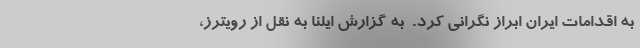
به اقدامات ایران ابراز نگرانی کرد. ‌ به گزارش ایلنا به نقل از رویترز،